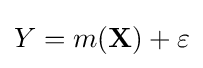
Y=m(\mathbf {X} )+\varepsilon